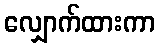
လျှောက်ထားကာ